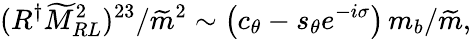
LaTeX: (R^{\dagger}\widetilde M_{RL}^{2})^{23}/{\widetilde m^{2}}\sim\left(c_{\theta}-s_{\theta}e^{-i\sigma}\right)\, m_{b}/\widetilde m,